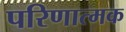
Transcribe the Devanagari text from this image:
परिणात्मक